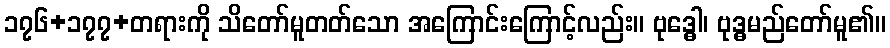
၁၇၆+၁၇၇+တရားကို သိတော်မူတတ်သော အကြောင်းကြောင့်လည်း။ ဗုဒ္ဓေါ၊ ဗုဒ္ဓမည်တော်မူ၏။